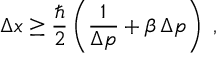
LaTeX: \Delta x \ge \frac { \hbar } { 2 } \left( \frac { 1 } { \Delta p } + \beta \, \Delta p \right) \; ,